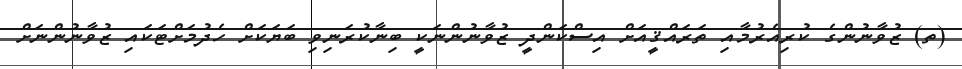
(ތ) ޒުވާނުންގެ ކުރިއެރުމާއި ތަރައްޤީއަށް އިސްކަންދީ ޒުވާނުންނަކީ ބިނާކުރަނިވި ބަޔަކަށް ހެދުމަށްޓަކައި ޒުވާނުންނަށް